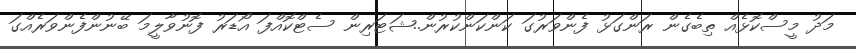
މަދު މީސްކޮޅެއް ތިބެގެން ރަންގަޅު ފެންވަރުގަ ކަންކަންކުރުން..ޝަޓަރިން ސެޓްކޮއްފަ އޯޑަރު ފޮނުވާލީމަ ބޭނުންފެންވަރެއްގަ